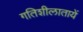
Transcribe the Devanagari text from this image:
गतिशीलातायें